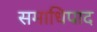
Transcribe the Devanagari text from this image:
समाधिपाद